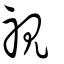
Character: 視